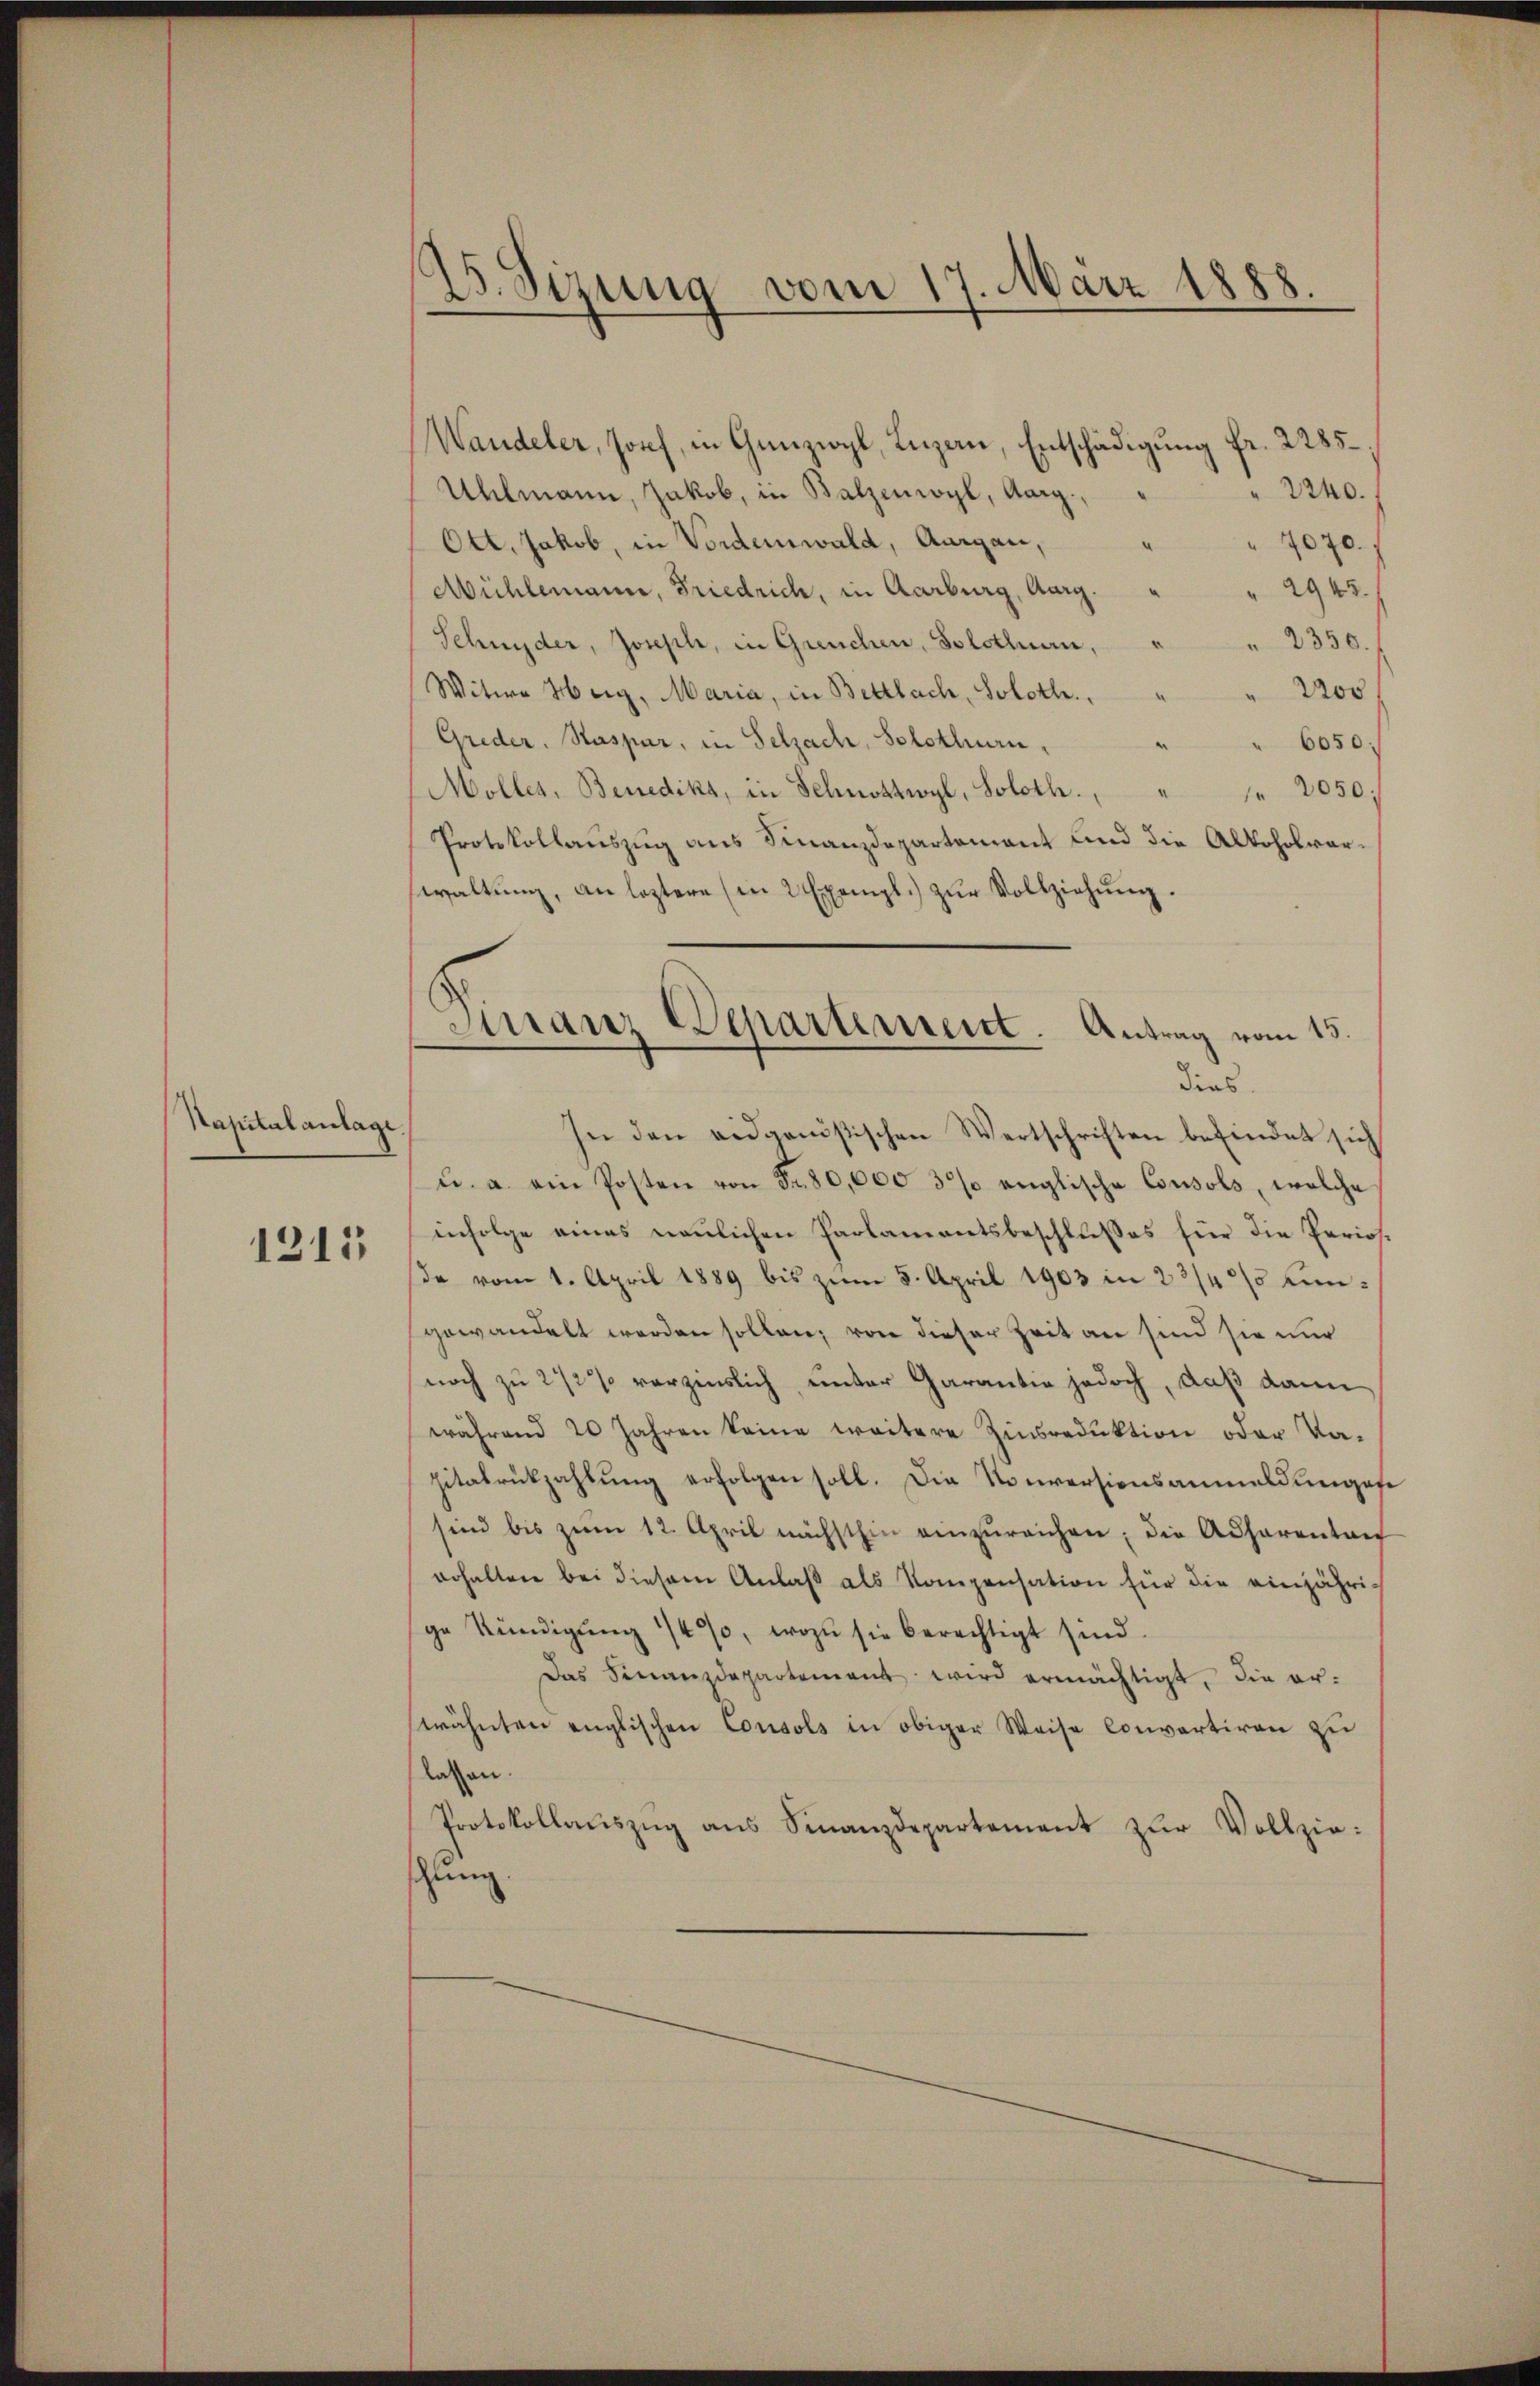
Kapitalanlage.
1315

25. Sizung vom 17. März 1888.

Wandeler, Josef, in Ganzwyl, Luzern, Entschädigung fr. 2285,
2240.
Uhlmann, Jakob, in Balzenwyl, Aarg.,
Ott. Jakob, in Vorderwald, Aargau,
7070.
2945.
Mühlemann, Friedrich, in Aarburg, Aarg.
2350.
Schnyder, Joseph, in Greuchen, Solothuen,
vor
Witwe Heig, Maria, in Bettlach, Soloth.,
Greder. Kaspar, in Selzach, Solothurn,
6050:
Möller, Benedika, in Schnohtwyl, Soloth., " " 2050;
Protokollauszug aus Finanzdepartement und die Alkoholvarwaltŭng, an leztere (in 2 Exempl.) zŭr Vollziehŭng.
dies
In den eidgenößischen Wertschriften befindet sich
u. a. ein Posten von Fr. 80,000 3% englische Consols, welche
infolge eines neulichen Parlamentsbeschlußes für die Perios.
da vom 1. April 1889 bis zŭm 5. April 1903 in 22/4 % eingewandelt werden sollen, von dieser Zeit an sind sie nur
noch zu 272% verzinslich, unter Garantie jedoch, daß dann
während 20 Jahren keine weitere Zinsreduktion oder Va-
Zitatrückzahlung erfolgen soll. Die Konversionsanmeldungese
sind bis zum 12. April nächsthen einzŭreichen; die Acharenten
erhalten bei diesem Anlaβ als Kompensation für die einjähri-
ge Kündigŭng 1490, wozu sie berechtigt sind.
Das Finanzdepartement wird ermächtigt, die er-
wähnten englischen Consols in obiger Weise convertiren zu
lassen.
Protokollaŭszŭg ans Finanzdepartement zŭr Vollzie-
schlung

Finanz Departement. Antrag vom 15.